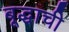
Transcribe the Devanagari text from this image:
बूद्धाची